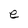
Character: e